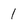
Character: 1